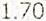
1.70